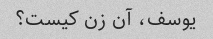
یوسف، آن زن کیست؟